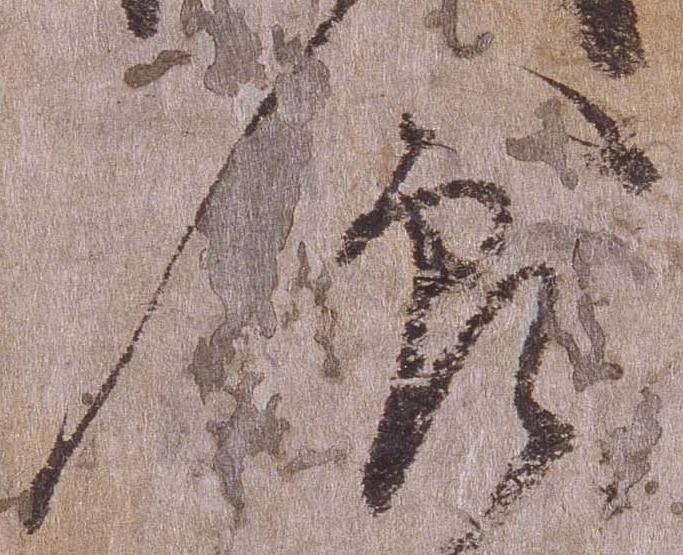
食